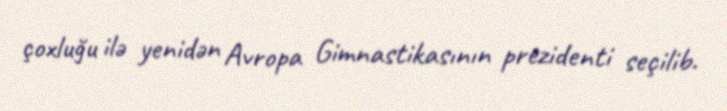
çoxluğu ilə yenidən Avropa Gimnastikasının prezidenti seçilib.